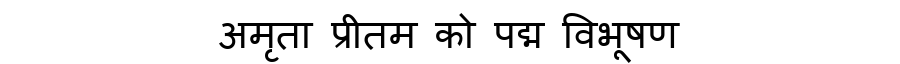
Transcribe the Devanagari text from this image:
अमृता प्रीतम को पद्म विभूषण